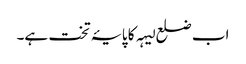
اب ضلع لیہہ کا پایۂ تخت ہے۔